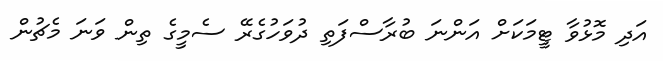
އަދި މޮޅުވާ ޓީމަކަށް އަންނަ ބުރާސްފަތި ދުވަހުގެރޭ ސެމީގެ ތިން ވަނަ މެޗުން